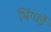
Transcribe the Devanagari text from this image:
भिंगार्डे